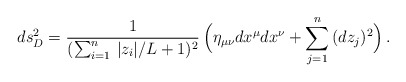
\begin{align*}ds_{D}^2= \frac{1}{(\sum_{i=1}^n\,|z_i|/L+1)^2}\,\Big(\eta_{\mu\nu}dx^{\mu}dx^{\nu} +\sum_{j=1}^n\,(d z_j)^2\Big)\,.\end{align*}